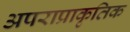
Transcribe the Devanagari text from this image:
अपराप्राकृतिक